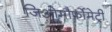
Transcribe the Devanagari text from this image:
जिओमौर्फोमेट्री